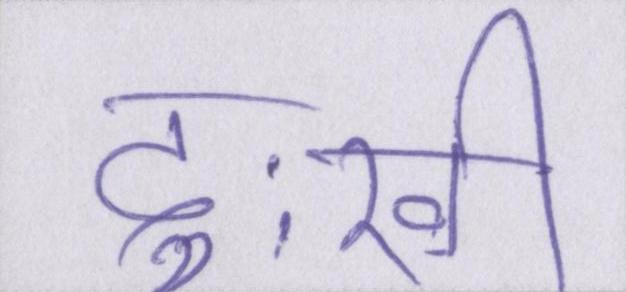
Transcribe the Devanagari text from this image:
दुःखी